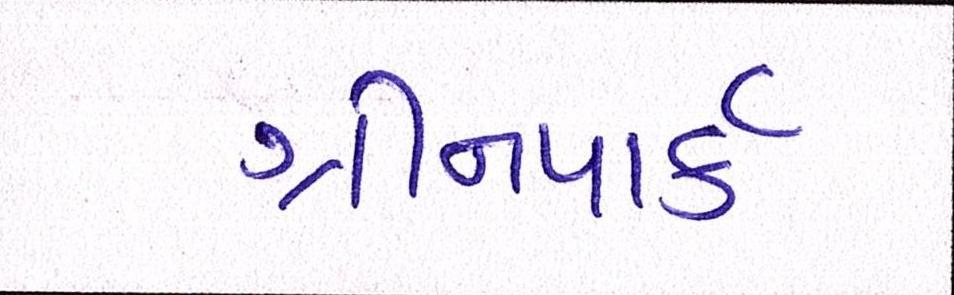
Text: ગ્રીનપાર્ક